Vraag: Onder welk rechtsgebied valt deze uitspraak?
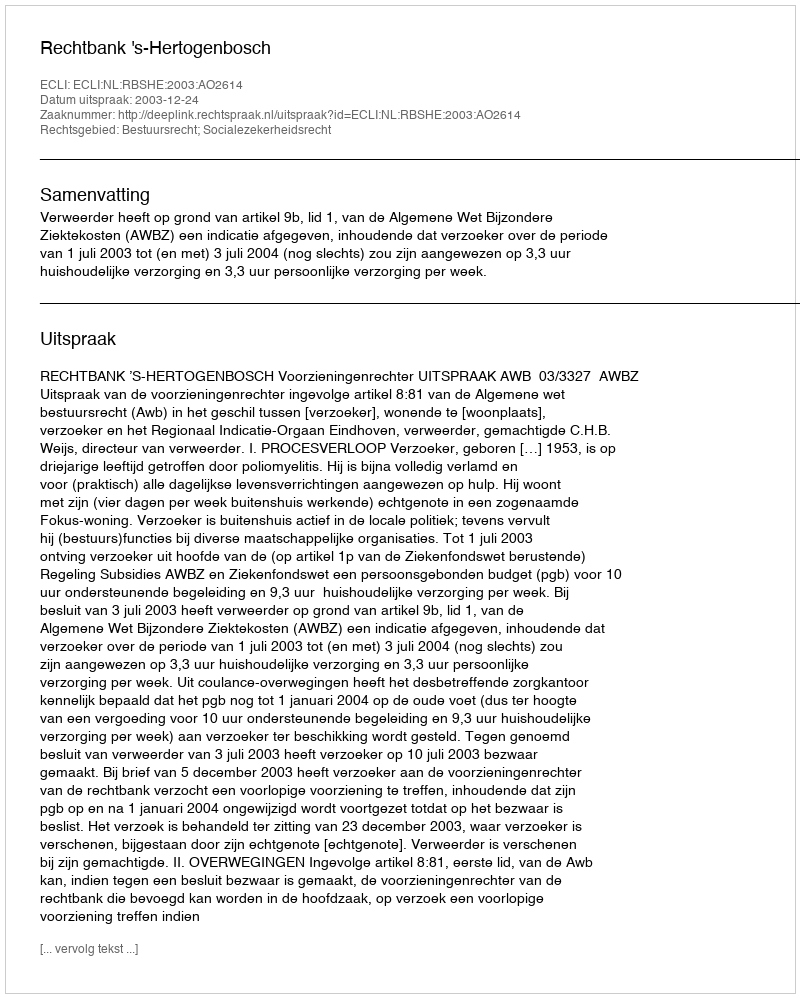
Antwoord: Bestuursrecht; Socialezekerheidsrecht